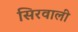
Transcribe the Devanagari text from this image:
सिरवाली